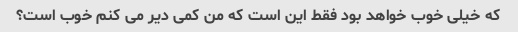
که خیلی خوب خواهد بود فقط این است که من کمی دیر می کنم خوب است؟